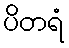
ပိတရံ